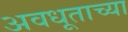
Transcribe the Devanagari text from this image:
अवधूताच्या